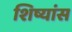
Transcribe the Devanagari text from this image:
शिष्यांस